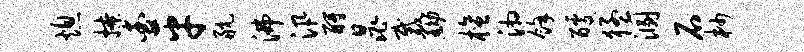
熄撩查平航沸汛酹晁裁黝檀湘余醵猛溷石杪